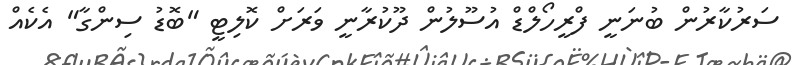
ސަރުކާރުން ބުނަނީ ފްރީހޯލްޑް އުސޫލުން ދޫކުރާނީ ވަރަށް ކޮލިޓީ "ބޮޑު ސިންގާ" އެކެއް